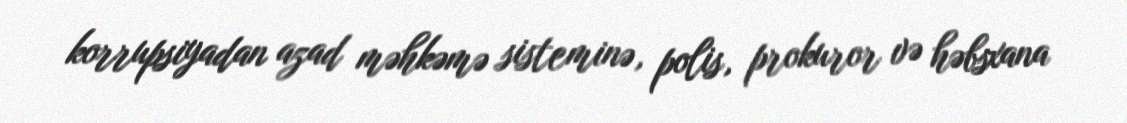
korrupsiyadan azad məhkəmə sisteminə, polis, prokuror və həbsxana